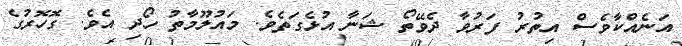
އަނެއްކާވެސް އިތުރު ފަރުވާ ދެވޭތޯ ޝަނާ އުޅެގަތެވެ. މައުލޫމާތު ހޯދި އެވެ. ގޮހޮރުގެ